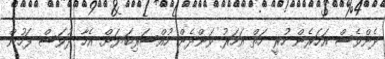
ދެންވެސް އަހަރެން ހުރީ ހަތް އަހަރު ވަންދެން ހުއްސަރިބަޔަށް. އެހާ ދުވަސް ފަހުން